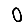
Digit: 0